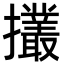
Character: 𢹸